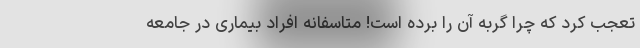
تعجب کرد که چرا گربه آن را برده است! متاسفانه افراد بیماری در جامعه